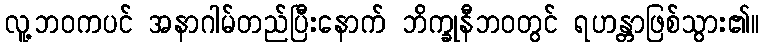
လူ့ဘဝကပင် အနာဂါမ်တည်ပြီးနောက် ဘိက္ခုနီဘဝတွင် ရဟန္တာဖြစ်သွား၏။